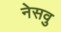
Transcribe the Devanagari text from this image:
नेसवु